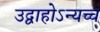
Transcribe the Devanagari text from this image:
उद्वाहोऽन्यच्च